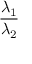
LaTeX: \frac { \lambda _ { 1 } } { \lambda _ { 2 } }